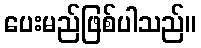
ပေးမည်ဖြစ်ပါသည်။